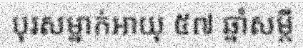
បុរសម្នាក់អាយុ ៥៧ ឆ្នាំសម្តី